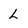
Character: L